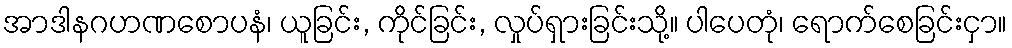
အာဒါနဂဟဏစောပနံ၊ ယူခြင်း, ကိုင်ခြင်း, လှုပ်ရှားခြင်းသို့။ ပါပေတုံ၊ ရောက်စေခြင်းငှာ။